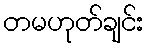
တမဟုတ်ချင်း